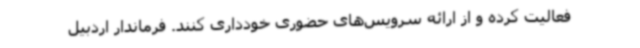
فعالیت کرده و از ارائه سرویس‌های حضوری خودداری کنند. فرماندار اردبیل